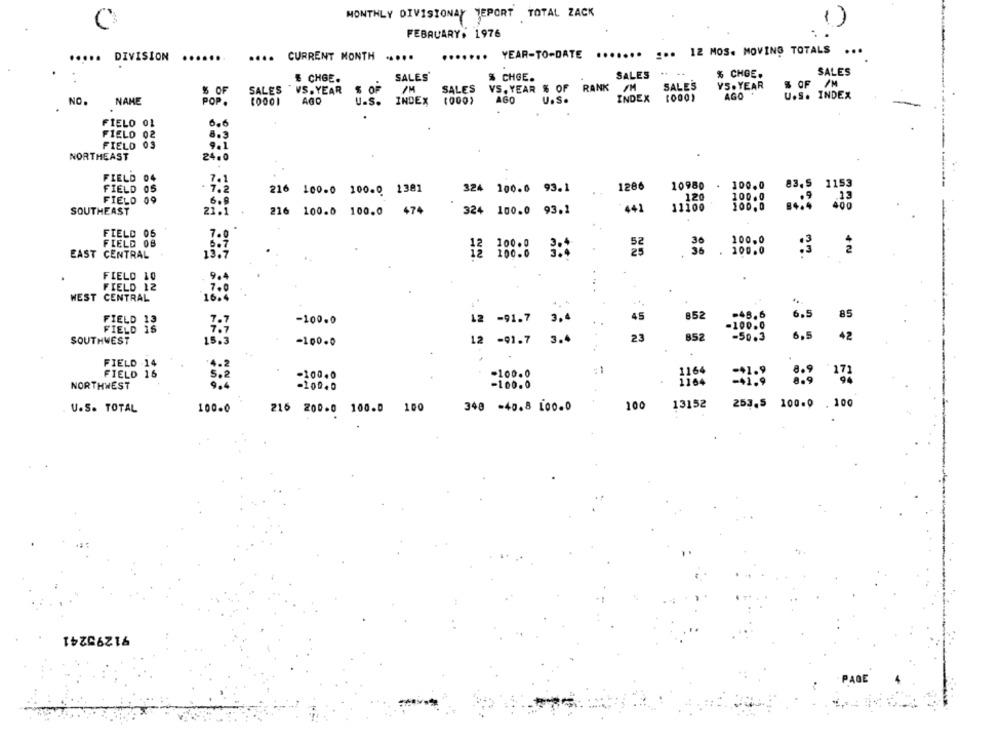
MONTHLY DIVISIONAY TEPORT TOTAL ZACK
FEBRUARY: 1976
... 12 MOS. MOVING TOTALS
..... DIVISION
.......
.... CURRENT MONTH
....
....... YEAR-TO-DATE
.......
SALES
% CHOE.
SALES
# CHGE.
SALES
% CHGE.
$ OF
SALES
" VS. YEAR
$ OF
SALES
VS. YEAR % OF
RANK
SALES
YS.YEAR
S OF /M
AGO
U.S. INDEX
NO.
NAME
POP.
U.S.
INDEX
(000)
AGO
U.S.
INDEX
FIELO 01
6.6
FIELD 02
6.3
FIELD 03
NORTHEAST
24.0
FIELD 04
1286
10980
FIELD 0S
216 100.0 100.0 1381
324 100.0 93.1
100.0
1153
FIELD 09
120
6.8
441
11100
SOUTHEAST
21.
216 100.0 100.0 474
324 100.0 93.1
FIELD 06
FIELD OB
200.0
. 100.0
EAST CENTRAL
100.0
FIELD 10
FIELD 12
.
WEST CENTRAL
FIELD 13
-100.0
12 -91.7
3.
45
852
-45.6
6.5
85
-100.0
FIELD 16
SOUTHWEST
-100.0
12 -91.7
3.4
23
852
-50.3
6.5
42
FIELD -14
1164
=+1.9
8.9
FIELD 16
-100.0
-100.0
NORTHWEST
-100.0
-100.0
1164
-41.9
8.9
U.S. TOTAL
100.0
216 200.0 100.0 100
348 -40.8 Loo.0
100
13152
253.5 100.0 . 100
91295241
PAGE